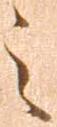
之